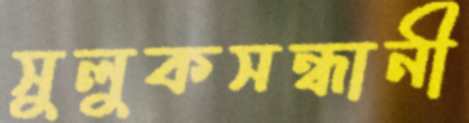
সুলুকসন্ধানী